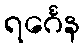
ရင်္ဂေန